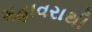
મહાવરાથી